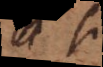
ac si